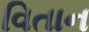
વિતાન